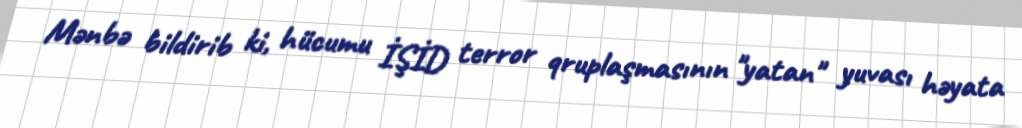
Mənbə bildirib ki, hücumu İŞİD terror qruplaşmasının "yatan" yuvası həyata